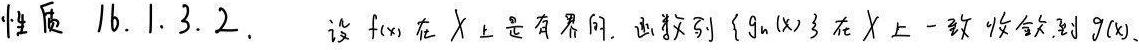
性质 16.1.3.2. 设 $f(x)$ 在 $X$ 上是有界的. 函数列 $\{g_n(x)\}$ 在 $X$ 上一致收敛到 $g(x)$.